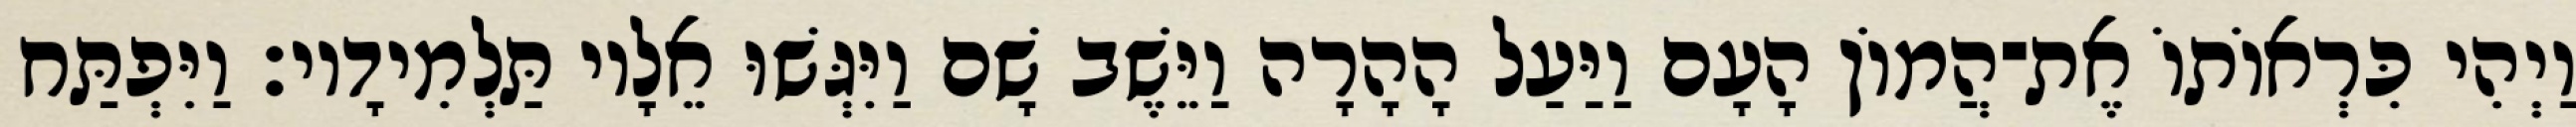
וַיְהִי כִּרְאוֹתוֹ אֶת־הֲמוֹן הָעָם וַיַּעַל הָהָרָה וַיֵּשֶׁב שָׁם וַיִּגְּשׁוּ אֵלָיו תַּלְמִידָיו׃ וַיִּפְתַּח